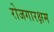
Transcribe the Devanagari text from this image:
रोजगारक्षम